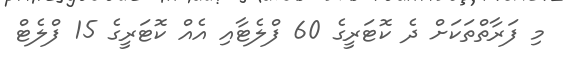
މި ފަރާތްތަކަށް ދެ ކޮޓަރީގެ 60 ފްލެޓާއި އެއް ކޮޓަރީގެ 15 ފްލެޓް